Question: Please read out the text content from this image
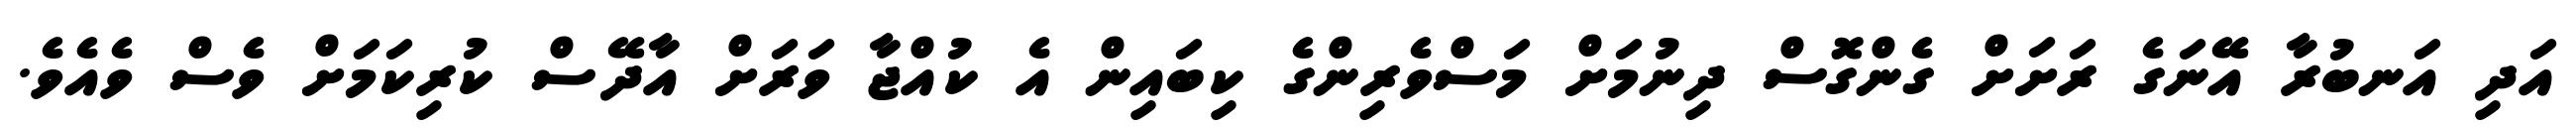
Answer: އަދި އަނބުރާ އޭނަގެ ރަށަށް ގެންގޮސް ދިނުމަށް މަސްވެރިންގެ ކިބައިން އެ ކުއްޖާ ވަރަށް އާދޭސް ކުރިކަމަށް ވެސް ވެއެވެ.